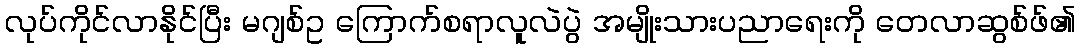
လုပ်ကိုင်လာနိုင်ပြီး မဂျစ်ဥ ကြောက်စရာလူလဲပွဲ အမျိုးသားပညာရေးကို တေလာဆွစ်ဖ်၏